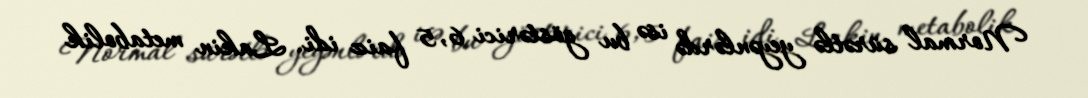
Normal sürətlə yeyənlərdə isə bu göstərici 6, 5 faiz idi. Lakin metabolik